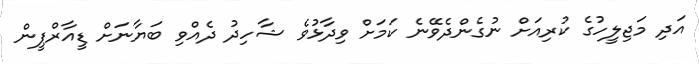
އަދި މަޖިލީހުގެ ކުރިއަށް ނުގެންދެވޭނެ ކަމަށް ވިދާޅުވެ ޝާހިދު ދެއްވި ބަޔާނަށް ޑީއާރްޕީން